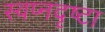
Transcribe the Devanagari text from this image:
स्‍वप्नदृष्‍टा